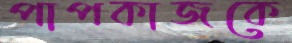
পাপকাজকে